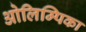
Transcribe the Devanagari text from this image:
ओलिम्पिका